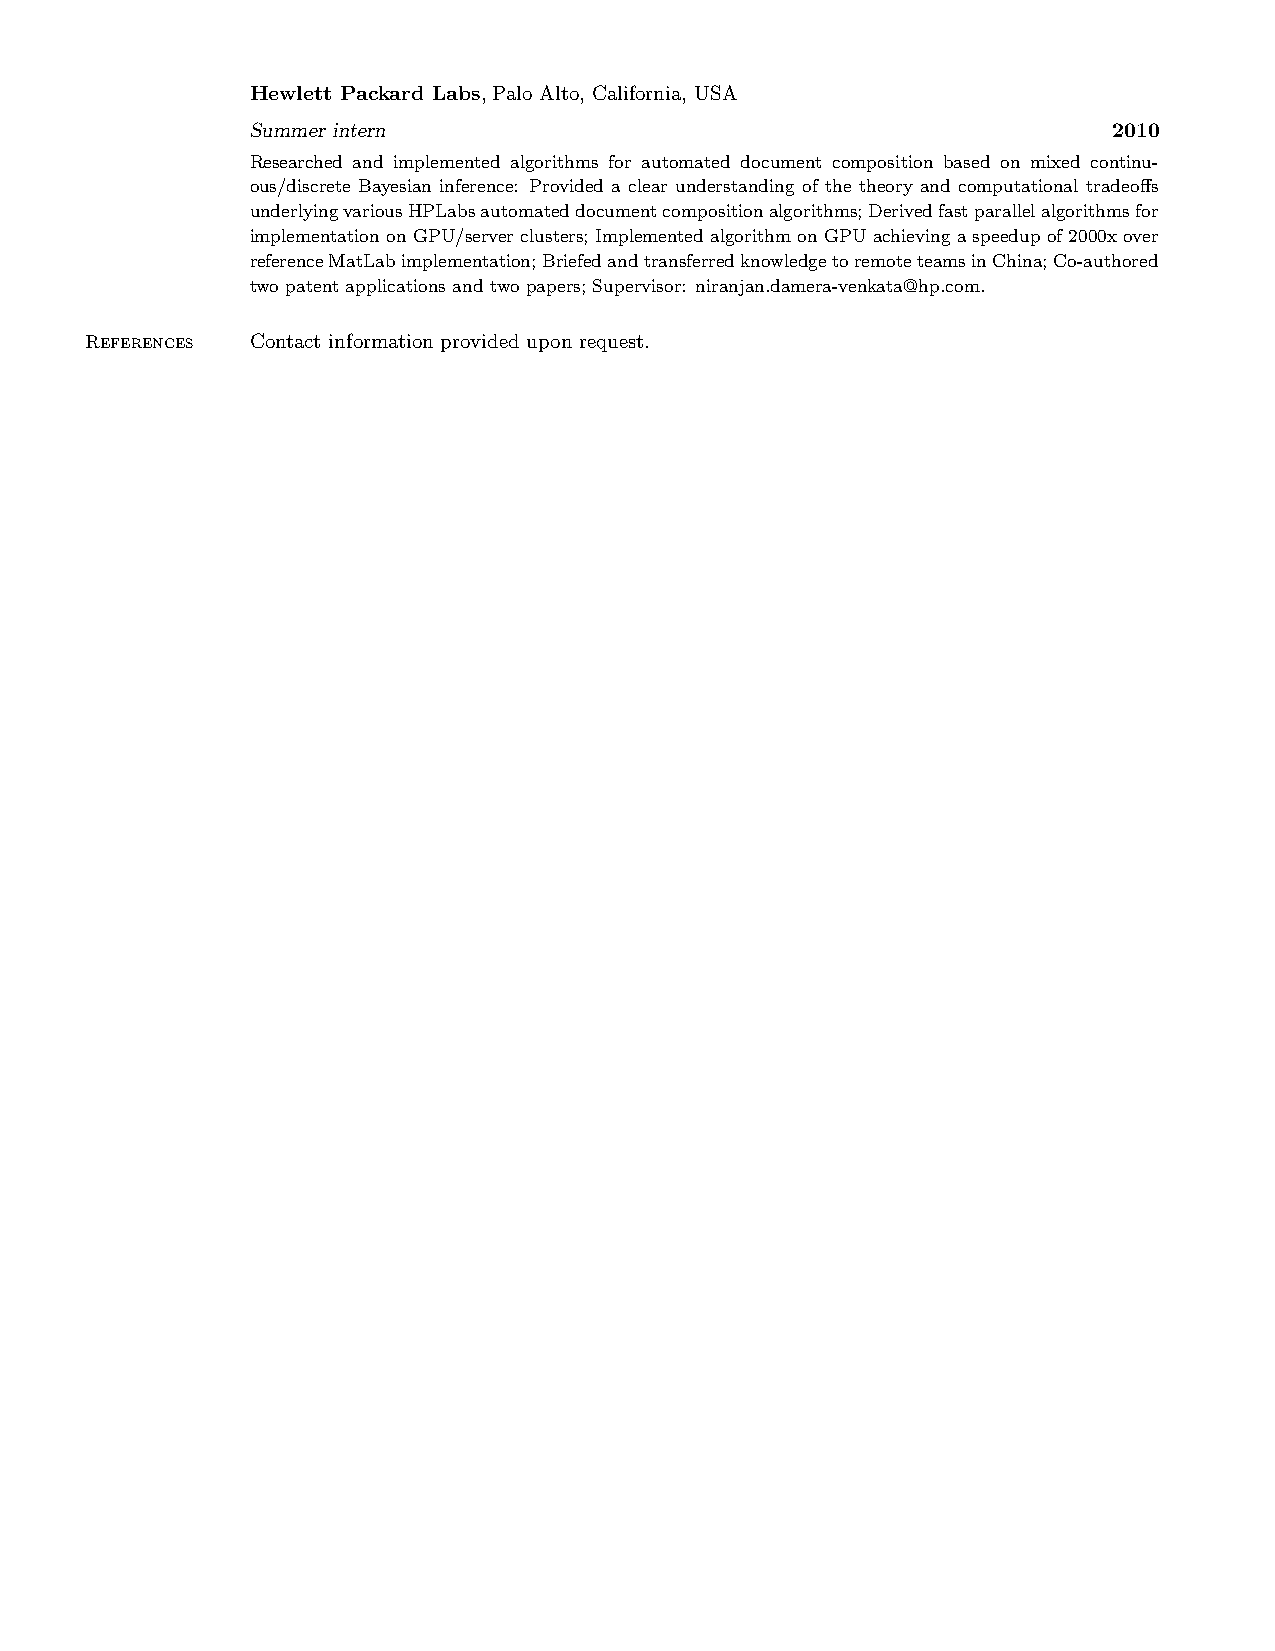
Hewlett Packard Labs, Palo Alto, California, USA
 Summer intern                                            2010
 Researched and implemented algorithms for automated document composition based on mixed continu-
 ous/discrete Bayesian inference: Provided a clear understanding of the theory and computational tradeoffs
 underlyingvariousHPLabsautomateddocumentcompositionalgorithms;Derivedfastparallelalgorithmsfor
 implementation on GPU/server clusters; Implemented algorithm on GPU achieving a speedup of 2000x over
 referenceMatLabimplementation;BriefedandtransferredknowledgetoremoteteamsinChina;Co-authored
 two patent applications and two papers; Supervisor: niranjan.damera-venkata@hp.com.
 References Contact information provided upon request.